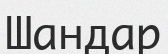
Шандар